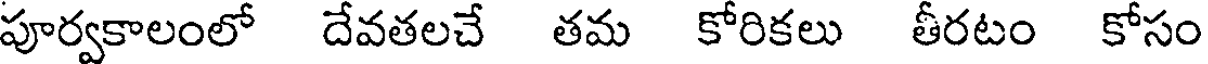
పూర్వకాలంలో దేవతలచే తమ కోరికలు తీరటం కోసం